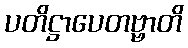
ပတိဋ္ဌာပေတဗ္ဗာတိ